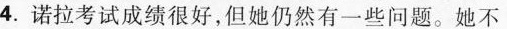
4.诺拉考试成绩很好，但她仍然有一些问题。她不